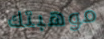
موهبتك